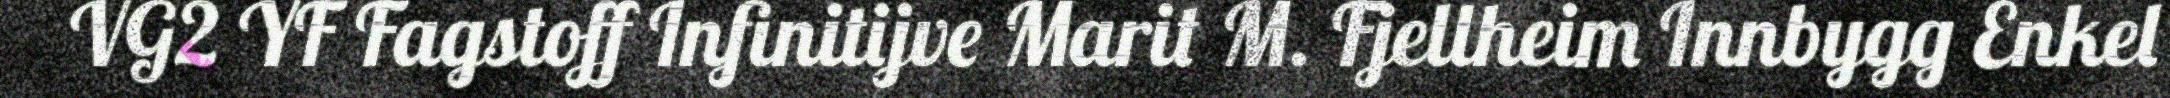
VG2 YF Fagstoff Infinitijve Marit M. Fjellheim Innbygg Enkel